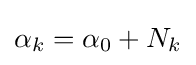
\alpha _{k}=\alpha _{0}+N_{k}